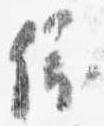
依